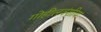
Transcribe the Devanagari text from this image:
गोहीलवंशीय